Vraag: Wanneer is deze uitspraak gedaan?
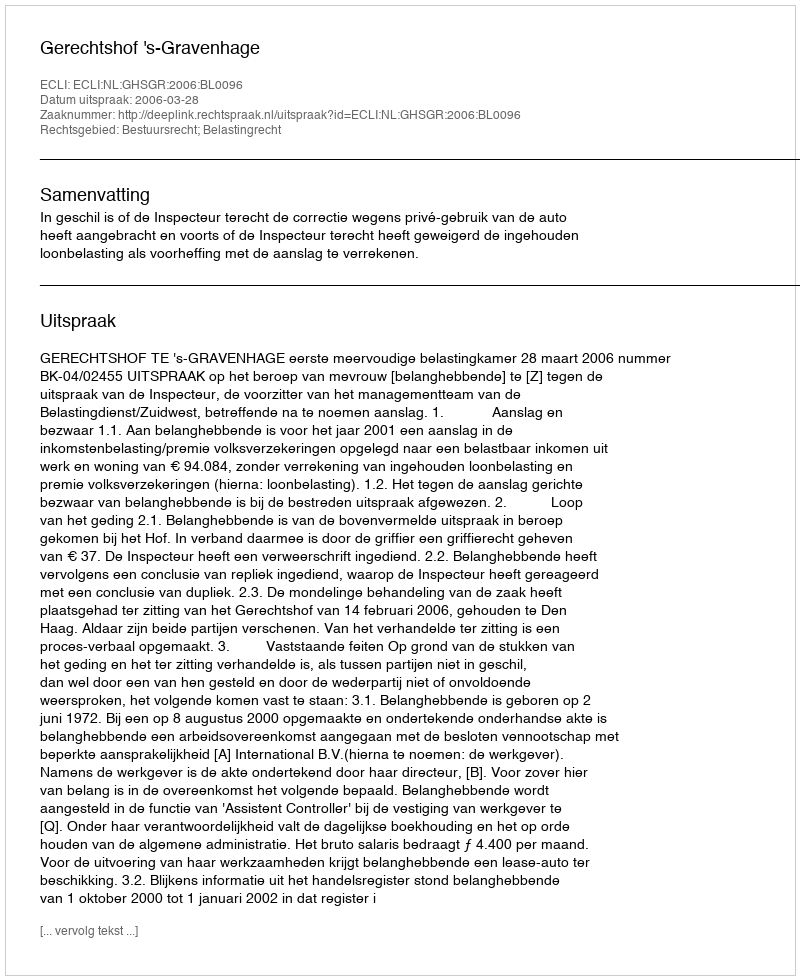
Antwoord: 2006-03-28